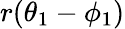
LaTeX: r(\theta_{1}-\phi_{1})